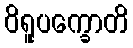
ဝိရူပက္ခောတိ